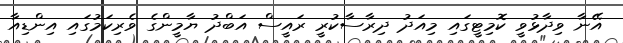
އޭނާ ވިދާޅުވީ ކޮމިޓީގައި މިއަދު ދިރާސާކުރީ ރައީސް އަބްދު ޔާމީންގެ ވެރިކަމުގައި އިންޑިއާ